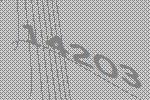
14203